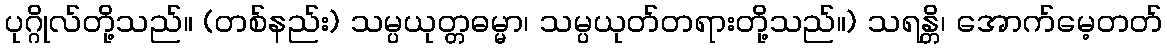
ပုဂ္ဂိုလ်တို့သည်။ (တစ်နည်း) သမ္ပယုတ္တဓမ္မာ၊ သမ္ပယုတ်တရားတို့သည်။) သရန္တိ၊ အောက်မေ့တတ်